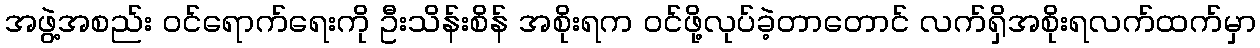
အဖွဲ့အစည်း ဝင်ရောက်ရေးကို ဦးသိန်းစိန် အစိုးရက ဝင်ဖို့လုပ်ခဲ့တာတောင် လက်ရှိအစိုးရလက်ထက်မှာ